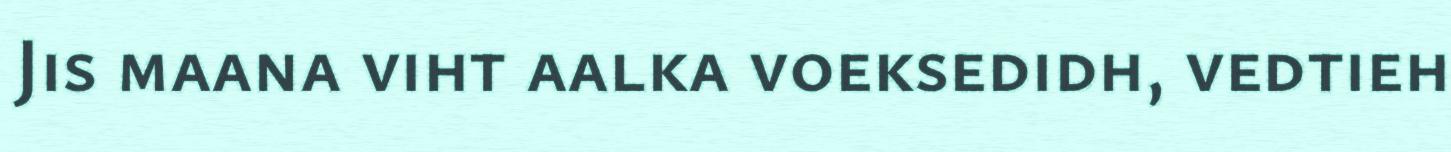
Jis maana viht aalka voeksedidh, vedtieh